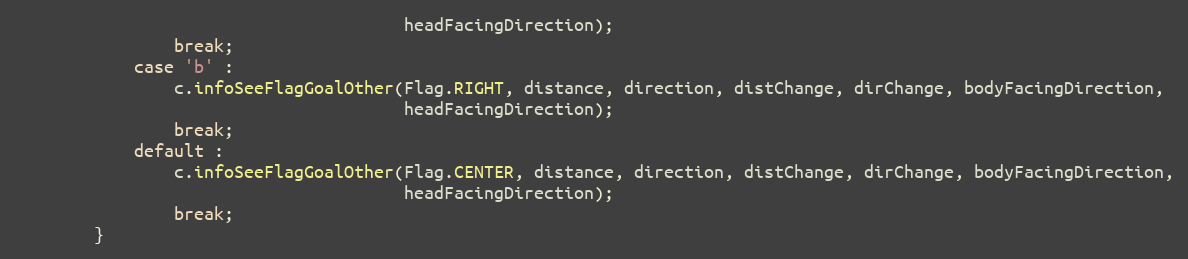
Language: Java
                                       headFacingDirection);
                break;
            case 'b' :
                c.infoSeeFlagGoalOther(Flag.RIGHT, distance, direction, distChange, dirChange, bodyFacingDirection,
                                       headFacingDirection);
                break;
            default :
                c.infoSeeFlagGoalOther(Flag.CENTER, distance, direction, distChange, dirChange, bodyFacingDirection,
                                       headFacingDirection);
                break;
        }